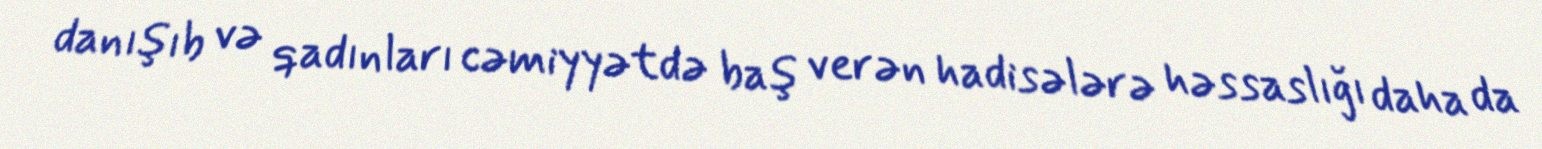
danışıb və qadınları cəmiyyətdə baş verən hadisələrə həssaslığı daha da